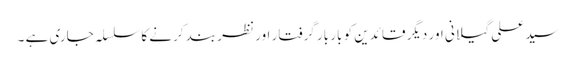
سید علی گیلانی اور دیگر قائدین کو بار بار گرفتار اور نظر بند کرنے کا سلسلہ جاری ہے ۔